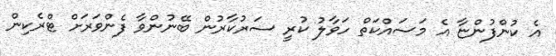
އެ ކުންފުންޏާ އެ މަސައްކަތް ހަވާލު ކުރީ ސަރުކާރުން ބޭނުންވާ ފެންވަރަށް ޓްރެކިން